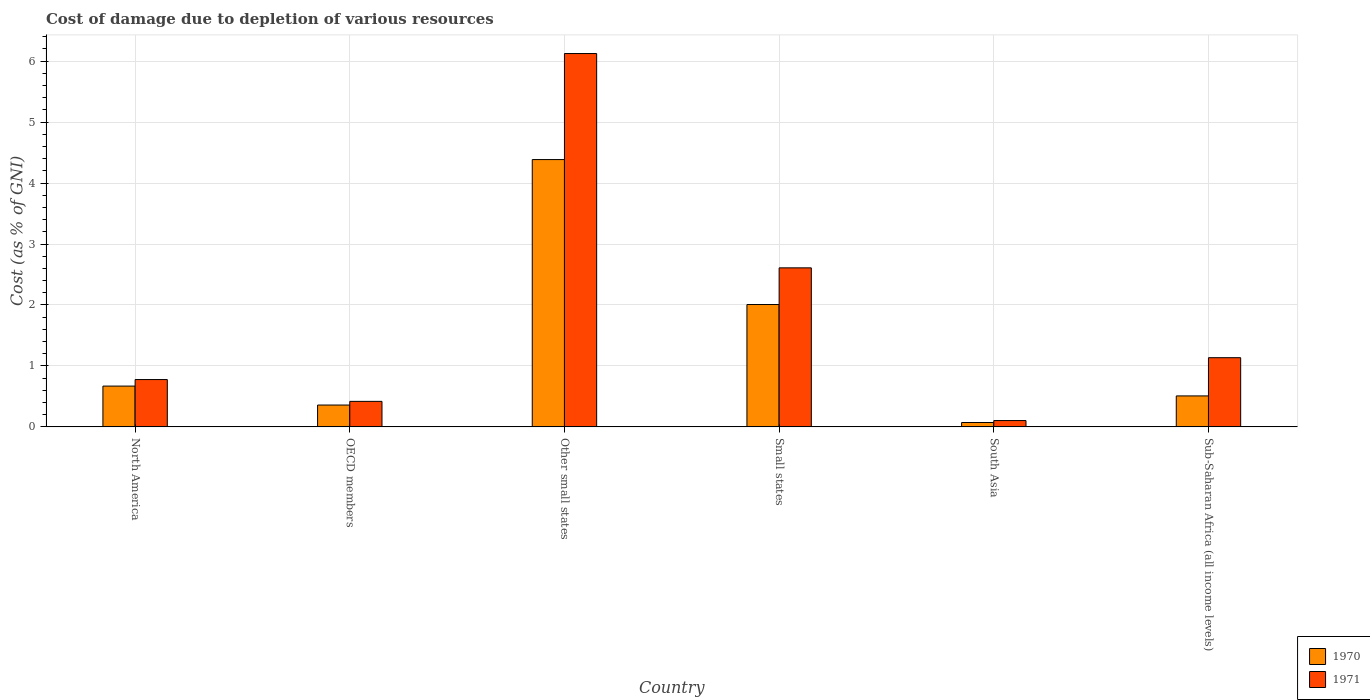
| Country | 1970 | 1971 |
 | --- | --- | --- |
 | North America | 0.669 | 0.776 |
 | OECD members | 0.358 | 0.419 |
 | Other small states | 4.39 | 6.13 |
 | Small states | 2.01 | 2.61 |
 | South Asia | 0.0716 | 0.104 |
 | Sub-Saharan Africa (all income levels) | 0.508 | 1.13 |